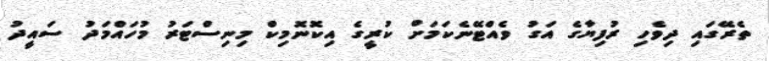
ތެރޭގައި ދިވެހި ރުފިޔާގެ އަގު ވެއްޓޭނެކަމަށް ކުރީގެ އިކޮނޮމިކް މިނިސްޓަރު މުހައްމަދު ސައީދު